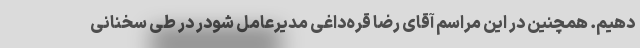
دهیم. همچنین در این مراسم آقای رضا قره‌داغی مدیرعامل شودر در طی سخنانی